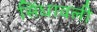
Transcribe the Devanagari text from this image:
सिंधावली